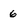
Character: 6